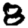
Digit: 8